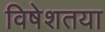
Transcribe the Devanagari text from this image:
विषेशतया